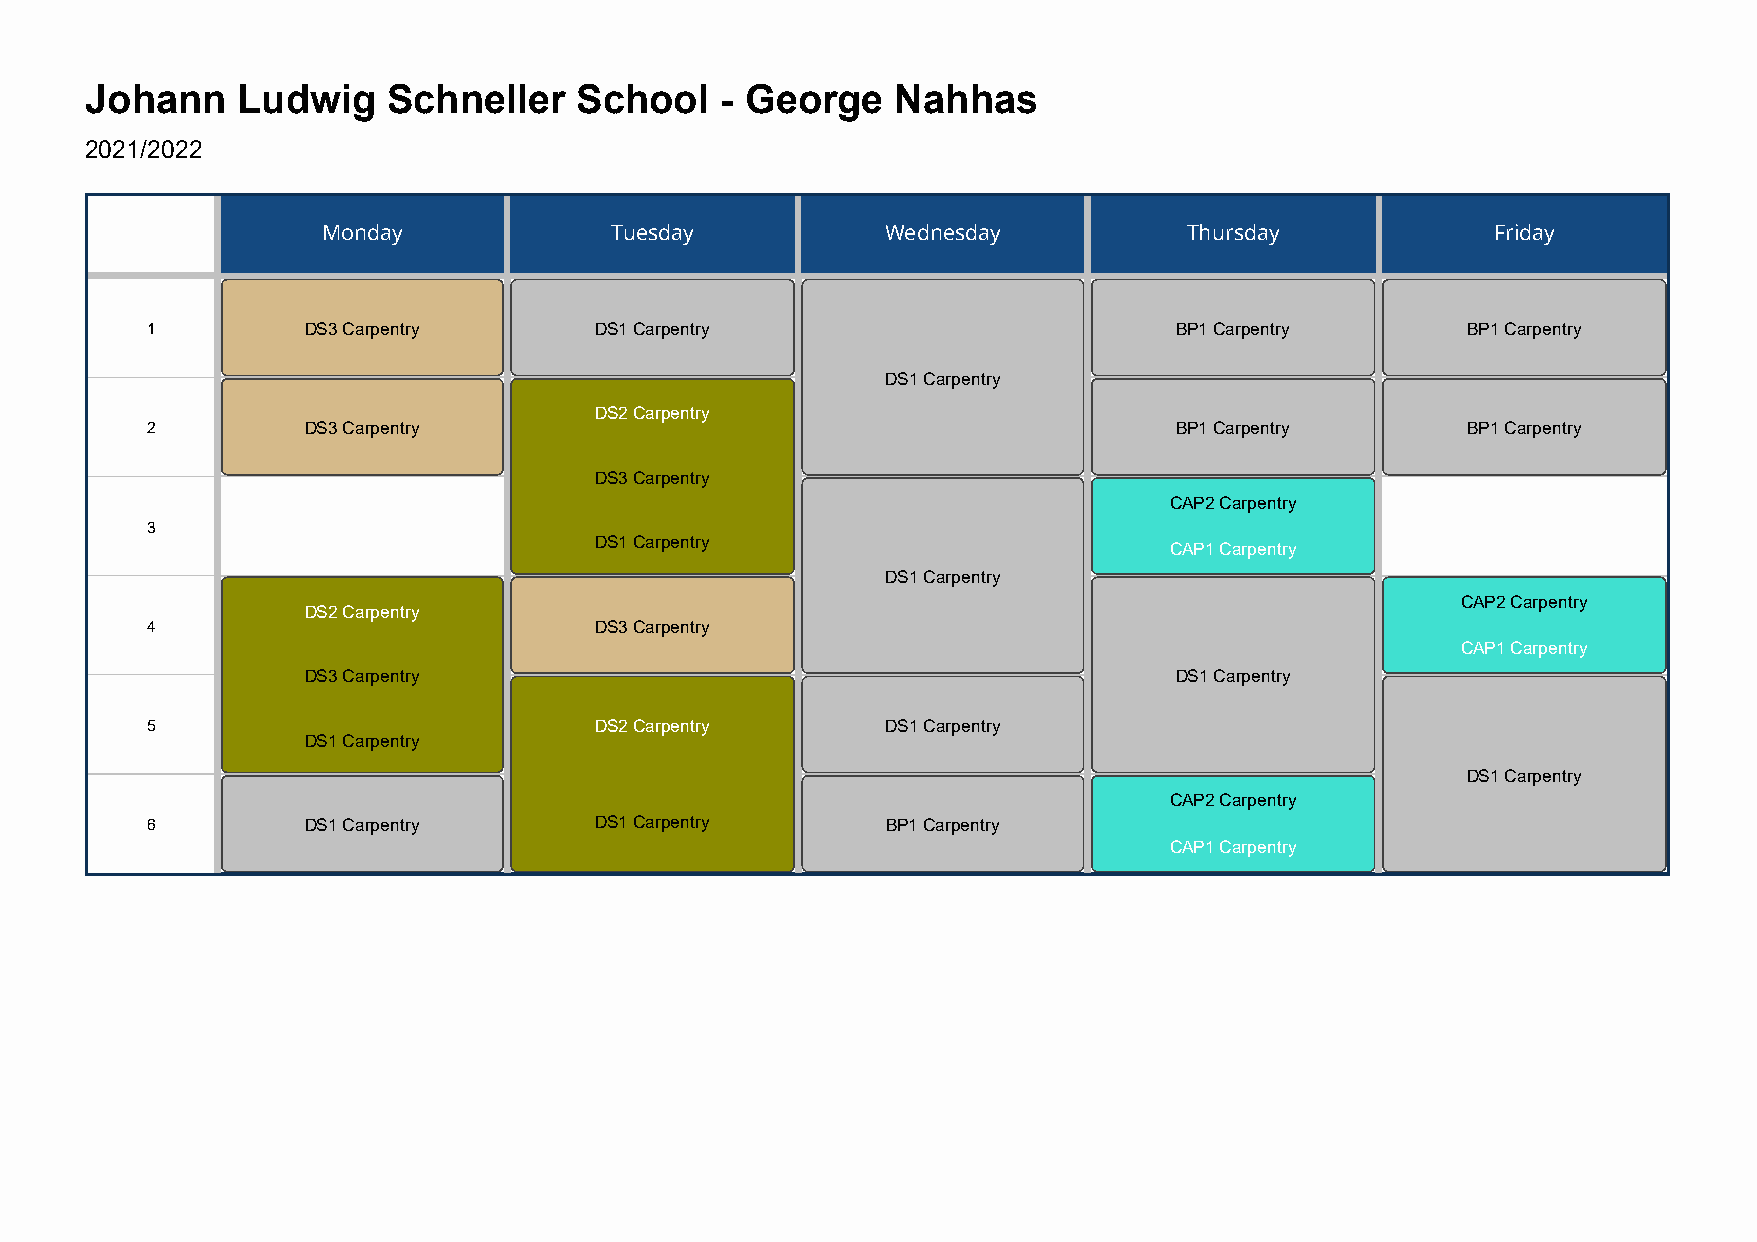
Johann    Ludwig    Schneller   School    - George   Nahhas
 2021/2022
 Monday             Tuesday            Wednesday           Thursday            Friday
 1         DS3 Carpentry      DS1 Carpentry                          BP1 Carpentry      BP1 Carpentry
 DS1 Carpentry
 DS2 Carpentry
 2         DS3 Carpentry                                             BP1 Carpentry      BP1 Carpentry
 DS3 Carpentry
 CAP2 Carpentry
 3
 DS1 Carpentry
 CAP1 Carpentry
 DS1 Carpentry
 CAP2 Carpentry
 DS2 Carpentry
 4                            DS3 Carpentry
 CAP1 Carpentry
 DS3 Carpentry                                             DS1 Carpentry
 5                            DS2 Carpentry       DS1 Carpentry
 DS1 Carpentry
 DS1 Carpentry
 CAP2 Carpentry
 6         DS1 Carpentry      DS1 Carpentry       BP1 Carpentry
 CAP1 Carpentry